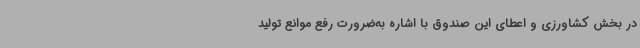
در بخش کشاورزی و اعطای این صندوق با اشاره به‌ضرورت رفع موانع تولید